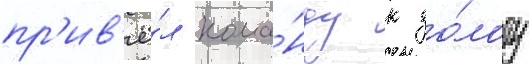
пр'ив'ё́л кома́нду к зо́лоту